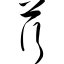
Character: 荇